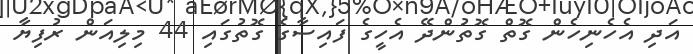
އަދި އެހެނިހެން ގޮތް ގޮތުންދޭ އެހީގެ ފައިސާގެ ގޮތުގައި 44 މިލިއަން ރުފިޔާ